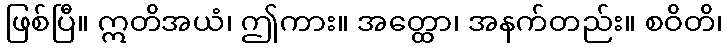
ဖြစ်ပြီ။ ဣတိအယံ၊ ဤကား။ အတ္ထော၊ အနက်တည်း။ စဝိတိ၊